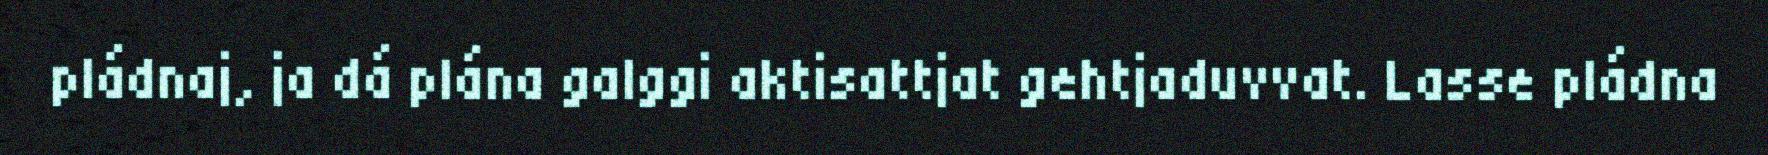
pládnaj, ja dá plána galggi aktisattjat gehtjaduvvat. Lasse pládna